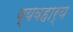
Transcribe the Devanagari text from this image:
व्‍यवहार्य